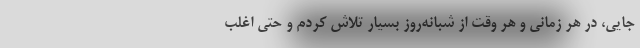
جایی، در هر زمانی و هر وقت از شبانه‌روز بسیار تلاش کردم و حتی اغلب